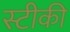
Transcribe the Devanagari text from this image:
स्टीकी